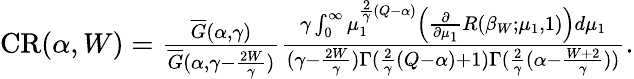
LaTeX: \begin{array}{r}{\mathrm{{CR}}(\alpha,W)=\frac{\overline{G}(\alpha,\gamma)}{\overline{G}(\alpha,\gamma-\frac{2W}{\gamma})}\frac{\gamma\int_{0}^{\infty}\mu_{1}^{\frac{2}{\gamma}(Q-\alpha)}\left(\frac{\partial}{\partial\mu_{1}}R(\beta_{W};\mu_{1},1)\right)d\mu_{1}}{(\gamma-\frac{2W}{\gamma})\Gamma(\frac{2}{\gamma}(Q-\alpha)+1)\Gamma(\frac{2}{\gamma}(\alpha-\frac{W+2}{\gamma}))}.}\end{array}